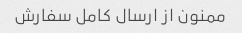
ممنون از ارسال کامل سفارش